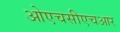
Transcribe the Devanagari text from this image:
ओएचसीएचआर